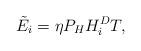
LaTeX: \begin{align*}\tilde{E_i}=\eta P_H H^D_iT,\end{align*}